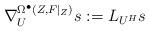
LaTeX: \begin{align*}\begin{aligned}\nabla^{\Omega^{\bullet}(Z,F|_{Z})}_{U}s:=L_{U^{H}}s\end{aligned}\end{align*}